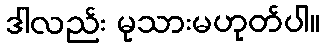
ဒါလည်း မုသားမဟုတ်ပါ။